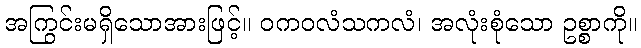
အကြွင်းမရှိသောအားဖြင့်။ ဝကဝလံသကလံ၊ အလုံးစုံသော ဥစ္စာကို။